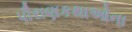
પૌરાણકથાઓના